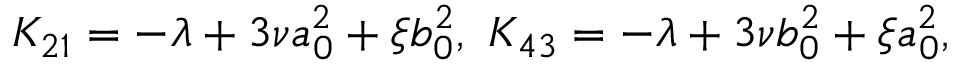
K _ { 2 1 } = - \lambda + 3 \nu a _ { 0 } ^ { 2 } + \xi b _ { 0 } ^ { 2 } , \ K _ { 4 3 } = - \lambda + 3 \nu b _ { 0 } ^ { 2 } + \xi a _ { 0 } ^ { 2 } ,